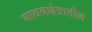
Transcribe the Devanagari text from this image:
गायनक्षेत्रातील